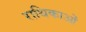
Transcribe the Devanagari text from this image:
राथिकाओं